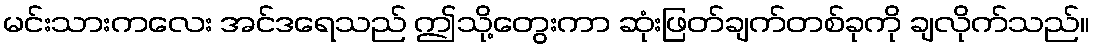
မင်းသားကလေး အင်ဒရေသည် ဤသို့တွေးကာ ဆုံးဖြတ်ချက်တစ်ခုကို ချလိုက်သည်။